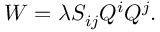
W = \lambda S _ { i j } Q ^ { i } Q ^ { j } .